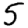
Digit: 5